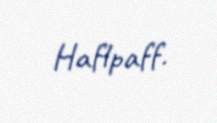
Haflpaff.